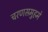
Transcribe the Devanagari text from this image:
चरणसमुहमे